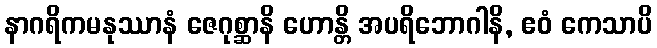
နာဂရိကမနုဿာနံ ဇေဂုစ္ဆာနိ ဟောန္တိ အပရိဘောဂါနိ, ဧဝံ ကေသာပိ